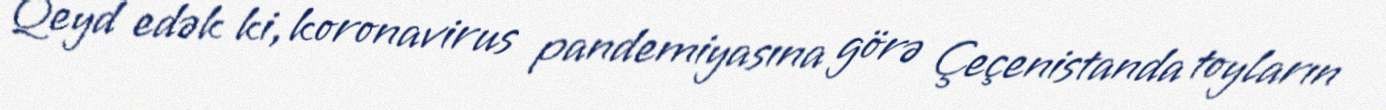
Qeyd edək ki, koronavirus pandemiyasına görə Çeçenistanda toyların